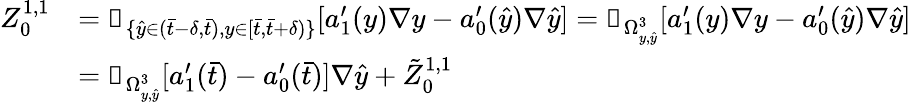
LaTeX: \begin{array}{rl}{Z_{0}^{1,1}}&{=\mathbb{1}_{\{ \hat{y}\in(\bar{t}-\delta,\bar{t}),y\in[\bar{t},\bar{t}+\delta)\} }[a_{1}^{\prime}(y)\nabla y-a_{0}^{\prime}(\hat{y})\nabla\hat{y}]=\mathbb{1}_{\Omega_{y,\hat{y}}^{3}}[a_{1}^{\prime}(y)\nabla y-a_{0}^{\prime}(\hat{y})\nabla\hat{y}]}\\ &{=\mathbb{1}_{\Omega_{y,\hat{y}}^{3}}[a_{1}^{\prime}(\bar{t})-a_{0}^{\prime}(\bar{t})]\nabla\hat{y}+\tilde{Z}_{0}^{1,1}}\end{array}